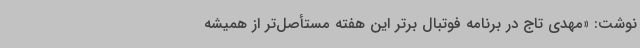
نوشت: «مهدی تاج در برنامه فوتبال برتر این هفته مستأصل‌تر از همیشه